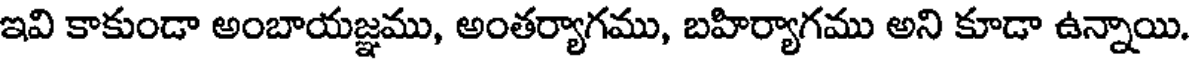
ఇవి కాకుండా అంబాయజ్ఞము, అంతర్యాగము, బహిర్యాగము అని కూడా ఉన్నాయి.